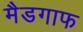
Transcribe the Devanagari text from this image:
मैडगाफ